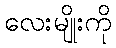
လေးမျိုးကို